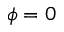
\phi = 0